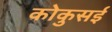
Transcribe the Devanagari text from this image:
कोकुसई